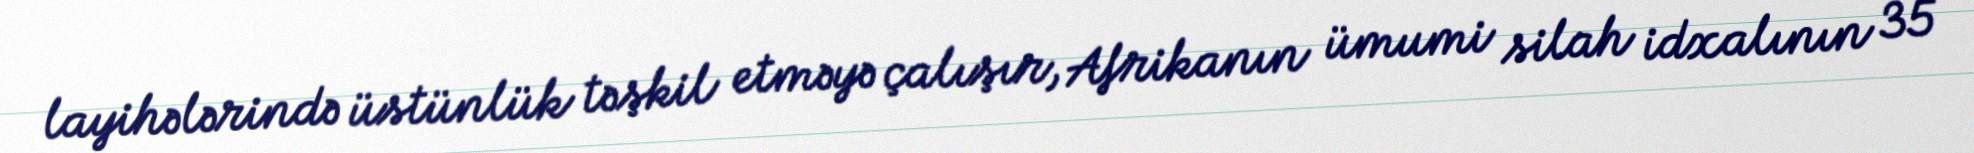
layihələrində üstünlük təşkil etməyə çalışır, Afrikanın ümumi silah idxalının 35